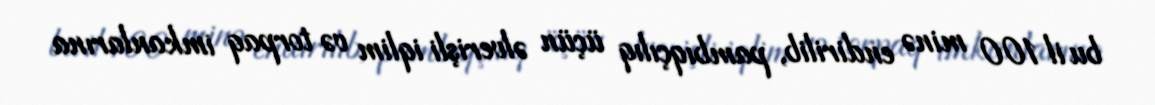
bu il 100 minə endirilib, pambıqçılıq üçün əlverişli iqlim və torpaq imkanlarına